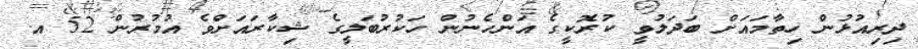
ދިރިއުޅުން ހިތާމައަށް ބަދަލުވީ ކުރޮކީގެ އަންހެނުން ހަކުރުބަލީގެ ޝިކާރައަށްވެ އުމުރުން 52 އ.